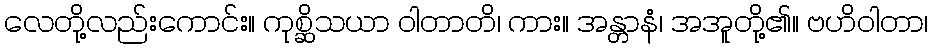
လေတို့လည်းကောင်း။ ကုစ္ဆိသယာ ဝါတာတိ၊ ကား။ အန္တာနံ၊ အအူတို့၏။ ဗဟိဝါတာ၊